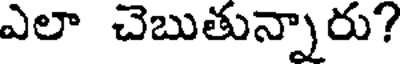
ఎలా చెబుతున్నారు?